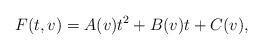
LaTeX: \begin{align*}F(t,v)=A(v)t^2+B(v)t+C(v),\end{align*}